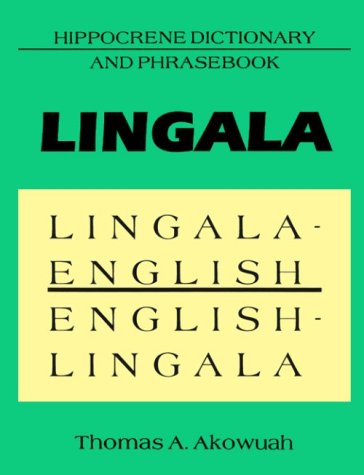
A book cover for Lingala-English, English-Lingala Dictionary and Phrasebook (Hippocrene Dictionary and Phrasebook); Thomas Antwi-Akowuah; Travel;